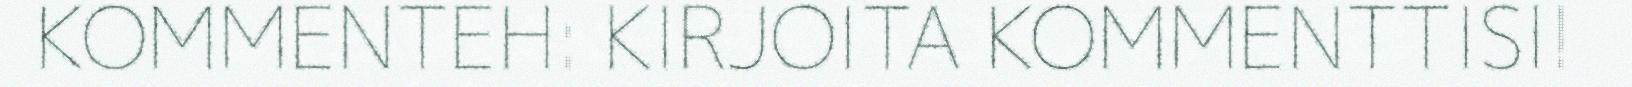
KOMMENTEH: KIRJOITA KOMMENTTISI!